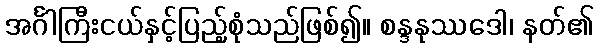
အင်္ဂါကြီးငယ်နှင့်ပြည့်စုံသည်ဖြစ်၍။ စန္ဒနုဿဒေါ၊ နတ်၏